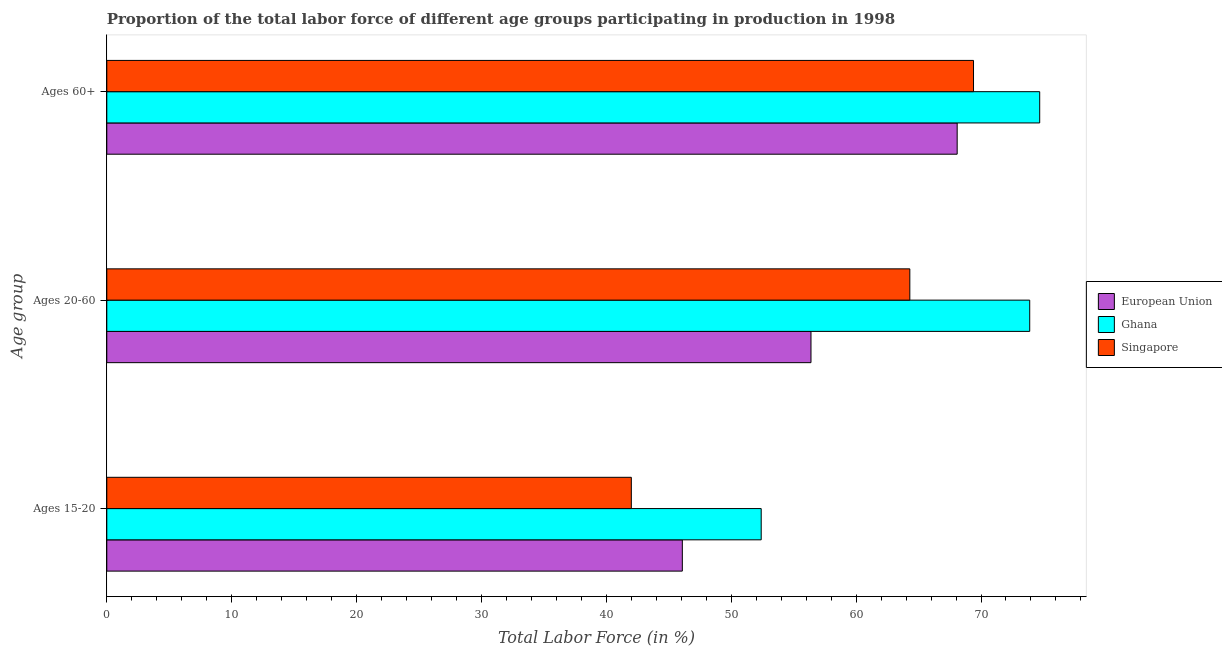
| Age group | European Union | Ghana | Singapore |
 | --- | --- | --- | --- |
 | Ages 15-20 | 46.1 | 52.4 | 42 |
 | Ages 20-60 | 56.4 | 73.9 | 64.3 |
 | Ages 60+ | 68.1 | 74.7 | 69.4 |